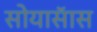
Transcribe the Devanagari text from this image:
सोयासॅास